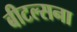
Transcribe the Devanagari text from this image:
बीटल्सना